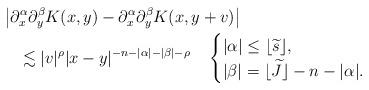
LaTeX: \begin{align*}&\left|\partial_x^\alpha\partial_y^\beta K(x,y)-\partial_x^\alpha\partial_y^\beta K(x,y+v)\right| \\&\quad\lesssim|v|^{\rho}|x-y|^{-n-|\alpha|-|\beta|-\rho}\quad\begin{cases}|\alpha|\leq\lfloor\widetilde s\rfloor,\\|\beta|=\lfloor \widetilde J\rfloor-n-|\alpha|.\end{cases}\end{align*}